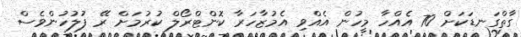
ގާތްގަނޑަކަށް 70 އެއްހާ މީހުން އެއްވި އެމުޒާހަރާ ކޮންޓްރޯލް ކުރުމަށް ރޭ ފުލުހުންވެސް